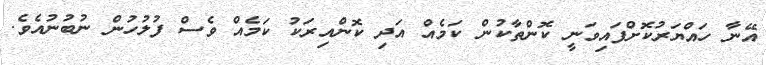
އޭނާ ހައްޔަރުކޮށްފައިވަނީ ކޮންތާކުން ކަމެއް އަދި ކޮންއިރަކު ކަމެއް ވެސް ފުލުހުން ނުބުނުއެވެ.